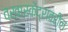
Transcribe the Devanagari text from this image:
वखारकेंद्रावरील